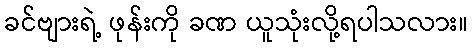
ခင်ဗျားရဲ့ ဖုန်းကို ခဏ ယူသုံးလို့ရပါသလား။